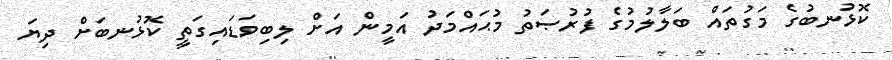
ކޮޅުނބުގެ މަގުތައް ބަލާލުމުގެ ފުރުޞަތު މުޙައްމަދު އަމީން އަށް ލިބިވަޑައިގަތީ ކޮޅުނބަށް ދިޔަ